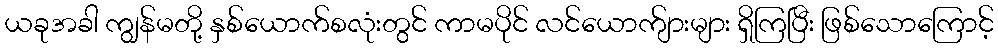
ယခုအခါ ကျွန်မတို့ နှစ်ယောက်စလုံးတွင် ကာမပိုင် လင်ယောက်ျားများ ရှိကြပြီး ဖြစ်သောကြောင့်